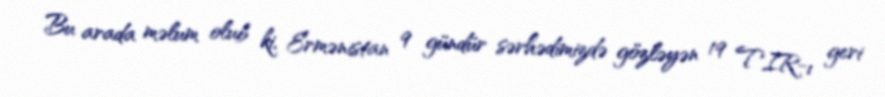
Bu arada məlum olub ki, Ermənistan 9 gündür sərhədimizdə gözləyən 19 TIR-ı geri